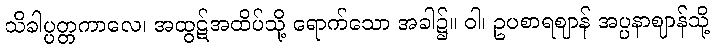
သိခါပ္ပတ္တကာလေ၊ အထွဋ်အထိပ်သို့ ရောက်သော အခါ၌။ ဝါ၊ ဥပစာရဈာန် အပ္ပနာဈာန်သို့